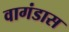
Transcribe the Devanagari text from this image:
वागंडास